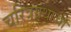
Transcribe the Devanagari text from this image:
चरित्रग्रंथाची